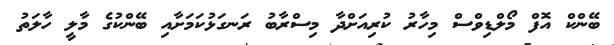
ބޭންކް އޮފް މޯލްޑިވްސް މިހާރު ކުރިއަށްދާ މިސްރާބު ރަނގަޅުކަމަށާއި ބޭންކުގެ މާލީ ހާލަތު